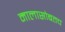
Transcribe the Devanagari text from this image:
मालासोबतच